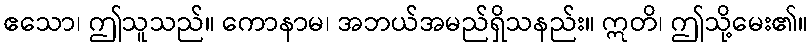
ဧသော၊ ဤသူသည်။ ကောနာမ၊ အဘယ်အမည်ရှိသနည်း။ ဣတိ၊ ဤသို့မေး၏။